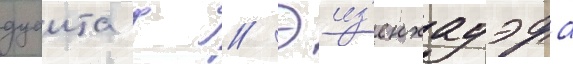
дуаита д // Эиз'енхауэра